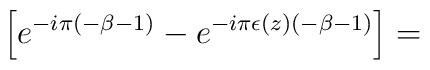
\left[e^{-i\pi(-\beta-1)}-e^{-i\pi\epsilon(z)(-\beta-1)}\right]=